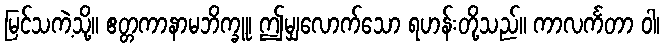
မြင်သကဲ့သို့။ ဧတ္တကာနာမဘိက္ခူ၊ ဤမျှလောက်သော ရဟန်းတို့သည်။ ကာလင်္ကတာ ဝါ၊